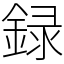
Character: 録